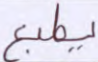
يطبع